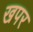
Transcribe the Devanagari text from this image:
खपर